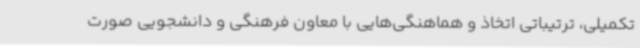
تکمیلی، ترتیباتی اتخاذ و هماهنگی‌هایی با معاون فرهنگی و دانشجویی صورت